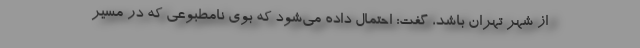
از شهر تهران باشد، گفت: احتمال داده می‌شود که بوی نامطبوعی که در مسیر